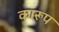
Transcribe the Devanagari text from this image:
कारूप